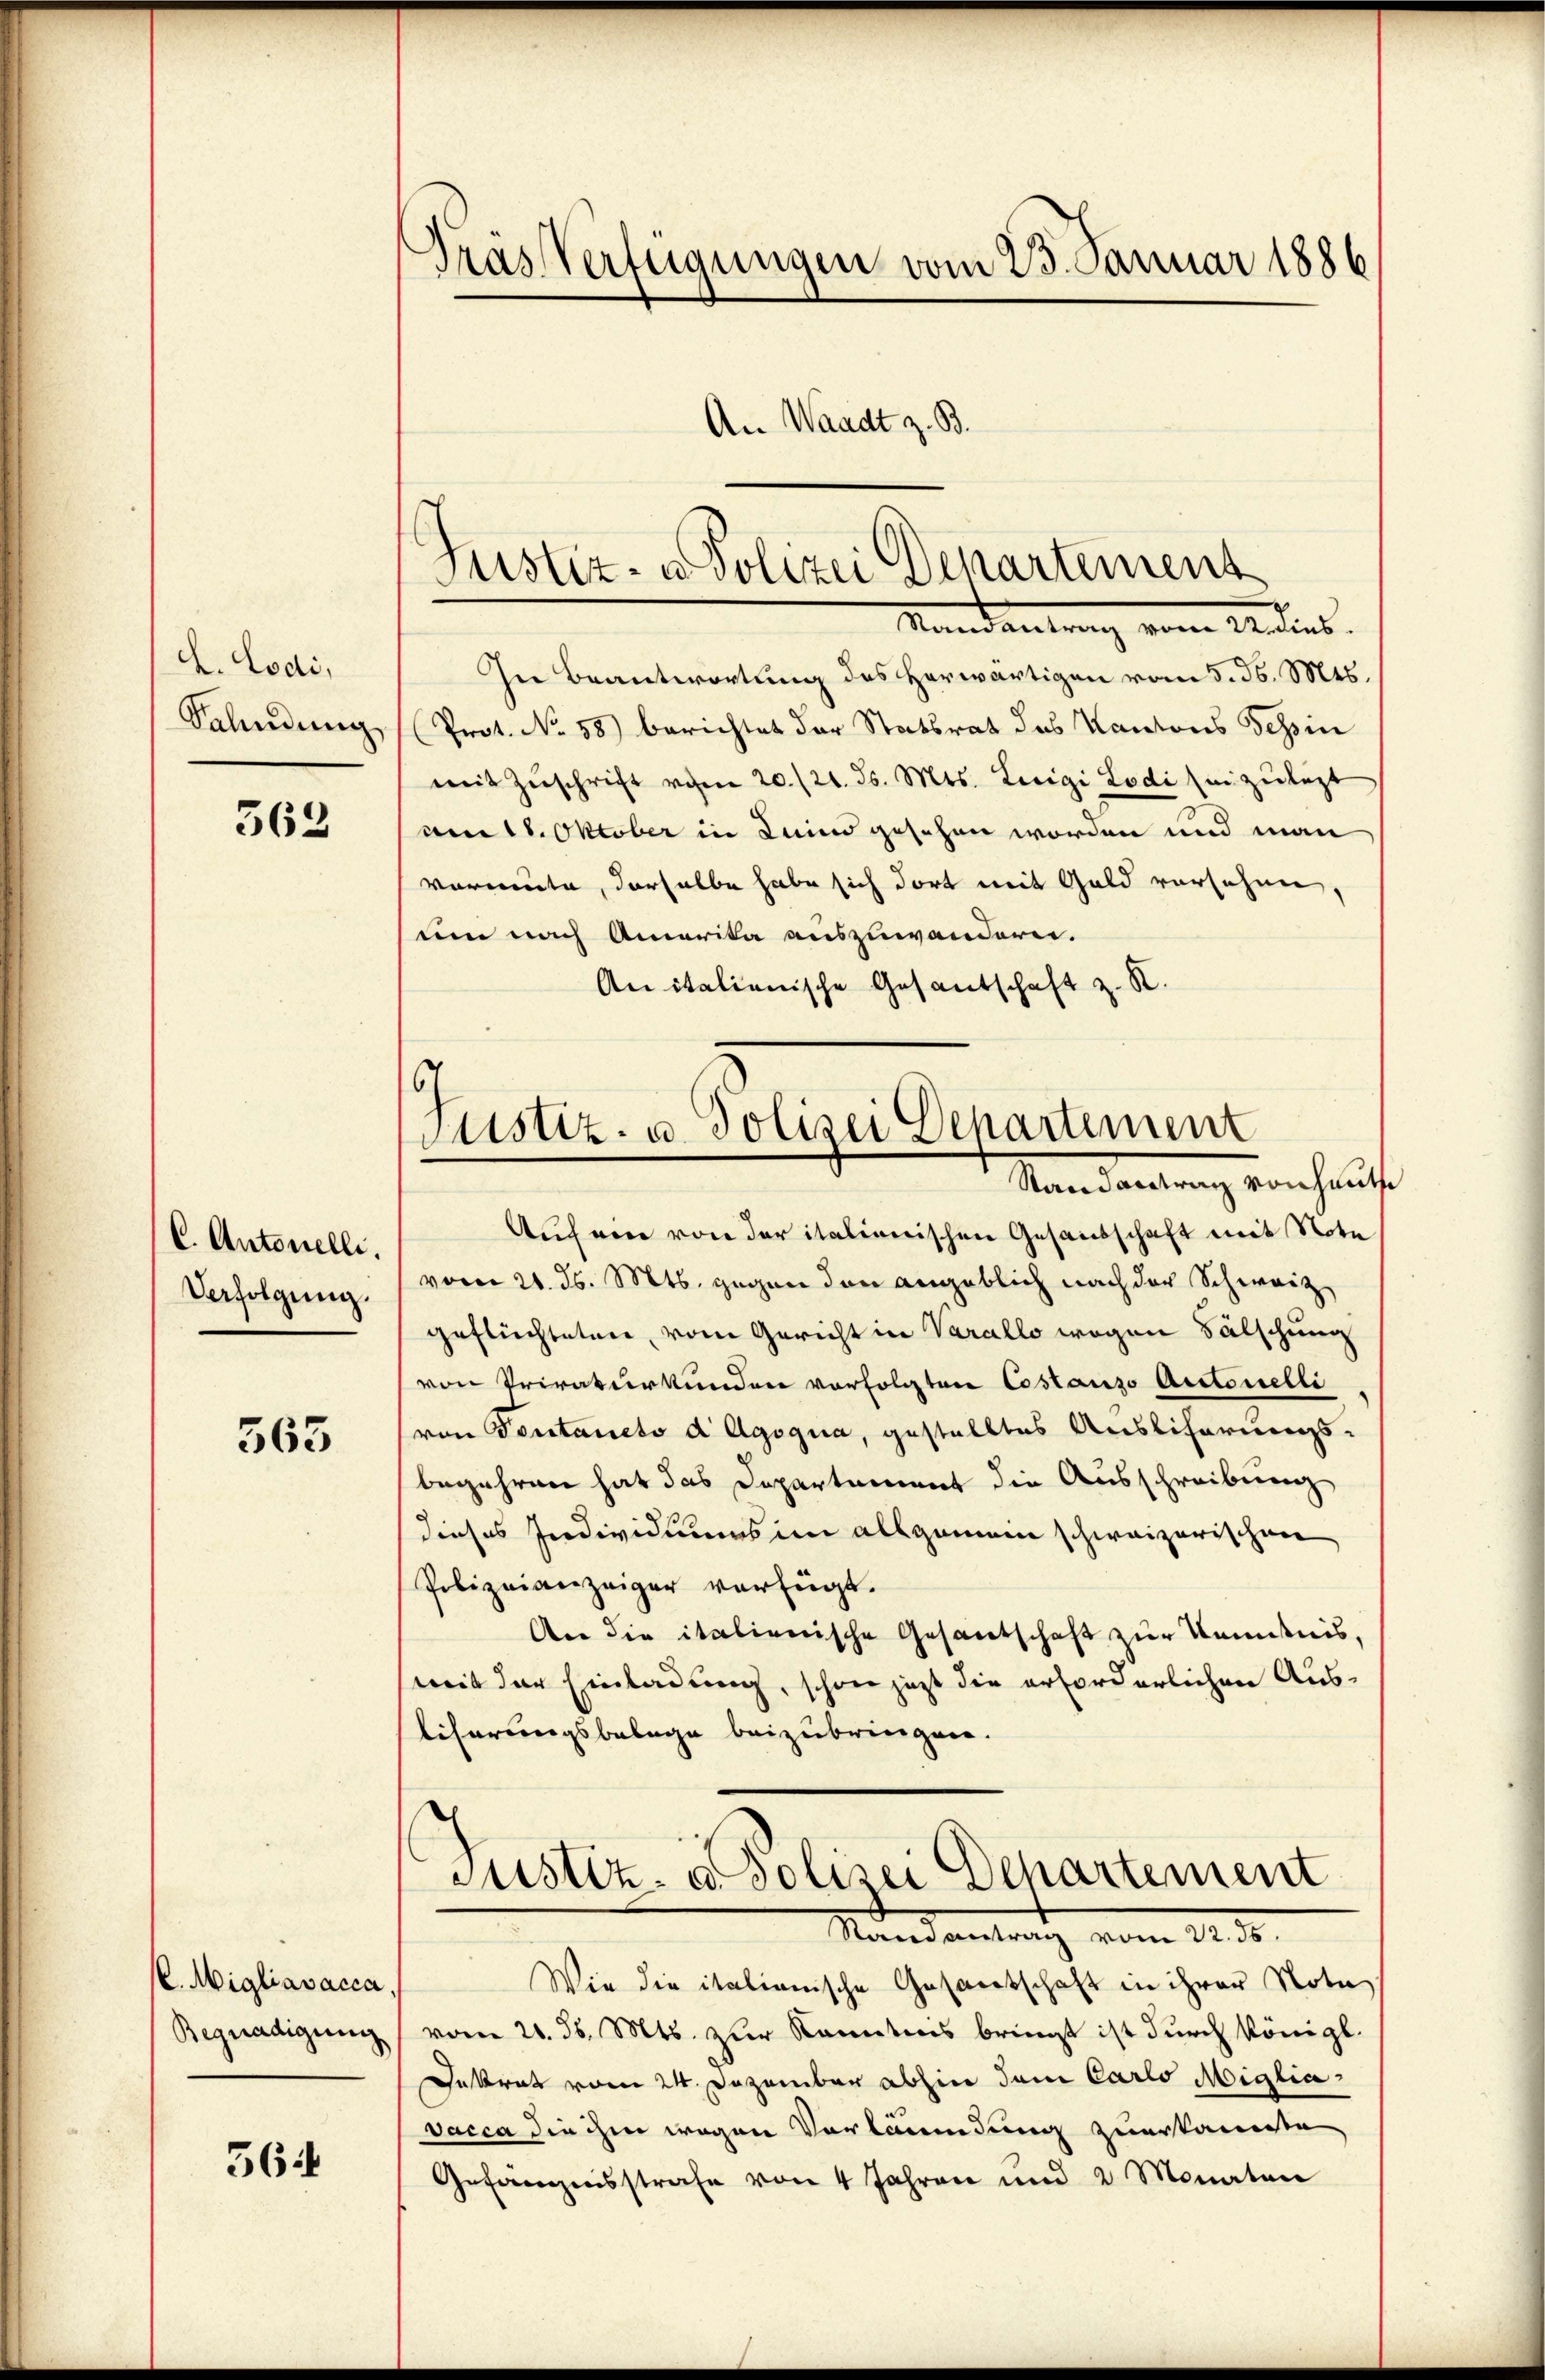
L. Codi,
Salindung

362

C. Antonelli.
Verfolgung.

563

C. Migliavacca,
Begnadigung

564

Tras Verfügungen vom 25. Januar 1886
An Waadt z. B.

Mandantrag vom Stadlins.
In Beantwortung des Herwärtigen vom 5. d. Mts.
Prot. No 58) berichtet der Statsrat des Kantons Tessin
mit Zŭschrift von 20./21. ds. Mts. Luigi Lodi anzulezt
am 18. Oktober in Lunnd gesehen worden und man
vormente, derselbe habe sich dort mit Gold vorsehen,
um nach Amerika auszuwandern.
Anitalienische Gesandschaft z. R.
Auf ein von der italienischen Gesandschaft mit Note
vom 21. ds. Mts. gegen den angeblich nach der Schweiz
geflüchteten, vom Gericht in Varallo wegen Fälschung
von Privaturkunden vorfolgten Costanzo Auctorelli
(von Tontaneto d Agoqua, gestelltes Ausliferungs-
begehren hat das Departement die Ausschreibung
dieses Individuums im allgemein schweizerischen
Polizeianzeiger verfügt.
An die italienische Gesantschaft zur Kenntnis,
mit der Einladung, schon jetzt die erforderlichen Ausliserungsbelege beizubringen.
Justiz- & Polizei Departement
Nandantrag vom 2. d.
Wie die italienische Gesandschaft in ihrer Nota
vom 20. ds. Mts. zur Kenntnis bringt ist durch Königl.
Desrat vom 24. Dezember abhin dem Carlo Miglia
vacca die ihm wegen Vorläumdung zuerkannte,
Gefängnisstrafe von 4 Jahren und 2 Monaten

Justiz- u Polizei Departement

9
Justiz- u. Polizei Departement
Mandantung von auf